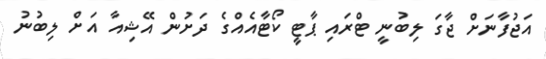
އަޖުފާނަށް ޖާގަ ލިބުނީ ޓްރައި ޕާޓީ ކޯޓާއެއްގެ ދަށުން އޭޝިއާ އަށް ލިބުނު